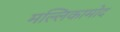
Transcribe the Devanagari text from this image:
मल्लिकामोद